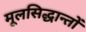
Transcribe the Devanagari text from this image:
मूलसिद्धान्‍तों